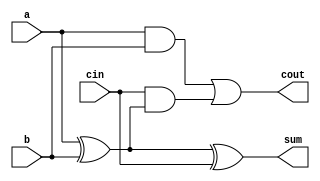
module FA( 
    input a, b, cin,
    output cout, sum );
    
    wire w;
    assign w = a^b;
    assign sum = w^cin;
    assign cout = (a&b) | cin&w;

endmodule

module top_module( 
    input [2:0] a, b,
    input cin,
    output [2:0] cout,
    output [2:0] sum );
    
    FA tmp1(a[0],b[0],cin,cout[0],sum[0]);
    FA tmp2(a[1],b[1],cout[0],cout[1],sum[1]);
    FA tmp3(a[2],b[2],cout[1],cout[2],sum[2]);

endmodule